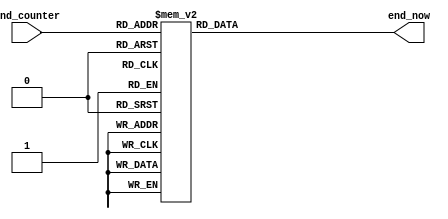
module End_timeline(
    input [5:0] end_counter,
    output reg [3:0] end_now
);

    always@(*) begin
        case(end_counter)
            6'd0: end_now = 4'd0;        6'd1: end_now = 4'd0;
            6'd2: end_now = 4'd0;        6'd3: end_now = 4'd0;
            6'd4: end_now = 4'd0;        6'd5: end_now = 4'd1;
            6'd6: end_now = 4'd2;        6'd7: end_now = 4'd3;
            6'd8: end_now = 4'd2;        6'd9: end_now = 4'd2;
            6'd10: end_now = 4'd2;        6'd11: end_now = 4'd2;
            6'd12: end_now = 4'd3;        6'd13: end_now = 4'd2;
            6'd14: end_now = 4'd2;        6'd15: end_now = 4'd2;
            6'd16: end_now = 4'd2;        6'd17: end_now = 4'd3;
            6'd18: end_now = 4'd2;        6'd19: end_now = 4'd2;
            6'd20: end_now = 4'd2;        6'd21: end_now = 4'd2;
            6'd22: end_now = 4'd3;        6'd23: end_now = 4'd2;
            6'd24: end_now = 4'd2;        6'd25: end_now = 4'd2;
            6'd26: end_now = 4'd2;        6'd27: end_now = 4'd3;
            6'd28: end_now = 4'd2;        6'd29: end_now = 4'd2;
            6'd30: end_now = 4'd2;        6'd31: end_now = 4'd2;
            6'd32: end_now = 4'd2;        6'd33: end_now = 4'd2;
            6'd34: end_now = 4'd2;        6'd35: end_now = 4'd2;
            6'd36: end_now = 4'd2;        6'd37: end_now = 4'd2;
            6'd38: end_now = 4'd4;        default: end_now = 4'd2;
        endcase
    end

endmodule